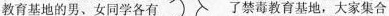
教育基地的男、女同学各有 了禁毒教育基地，大家集合